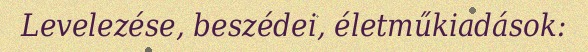
Levelezése, beszédei, életműkiadások: